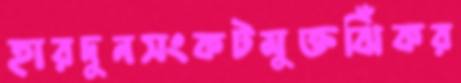
হারদুনসংকটমুক্তঝিঁকর